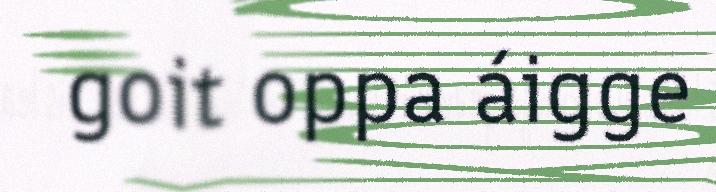
goit oppa áigge